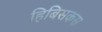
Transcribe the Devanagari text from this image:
हिबिसकस